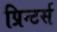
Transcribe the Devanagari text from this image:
प्रिन्टर्स